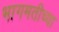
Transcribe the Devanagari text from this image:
भागमतीच्या